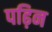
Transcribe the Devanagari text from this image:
पढ़िन